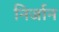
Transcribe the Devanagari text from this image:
निर्जान